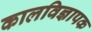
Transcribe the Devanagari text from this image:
कालविज्ञापक